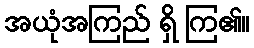
အယုံအကြည် ရှိ ကြ၏။